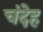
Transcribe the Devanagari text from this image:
चंदेह